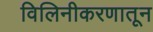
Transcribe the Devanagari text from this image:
विलिनीकरणातून